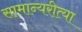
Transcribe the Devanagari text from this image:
सामान्यरीत्या